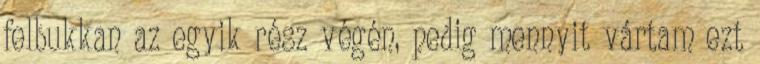
felbukkan az egyik rész végén, pedig mennyit vártam ezt